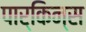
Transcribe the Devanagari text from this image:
पार्किन्स